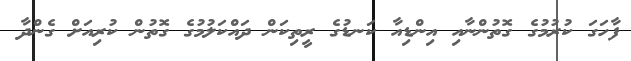
ފާހަގަ ކުރުމުގެ ގޮތުންނާއި އިންޑިއާ ކަނޑުގެ ރީތިކަން ދައްކަލުމުގެ ގޮތުން ކުރިއަށް ގެންދާ